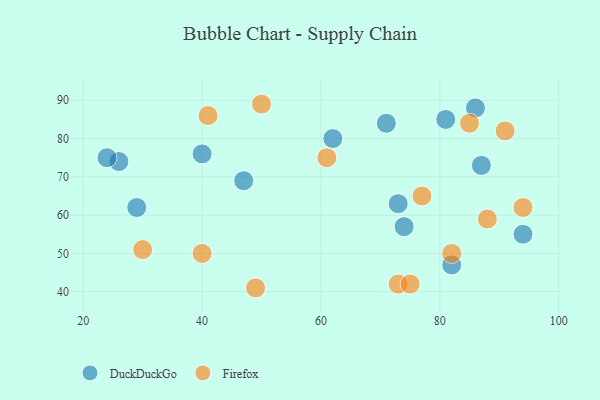
{"axis": {"x": "GDP", "y": "Life Expectancy"}, "legend": ["DuckDuckGo", "Firefox"], "data": [{"x": "87", "y": 73, "type": "DuckDuckGo"}, {"x": "81", "y": 85, "type": "DuckDuckGo"}, {"x": "62", "y": 80, "type": "DuckDuckGo"}, {"x": "73", "y": 63, "type": "DuckDuckGo"}, {"x": "71", "y": 84, "type": "DuckDuckGo"}, {"x": "40", "y": 76, "type": "DuckDuckGo"}, {"x": "47", "y": 69, "type": "DuckDuckGo"}, {"x": "26", "y": 74, "type": "DuckDuckGo"}, {"x": "86", "y": 88, "type": "DuckDuckGo"}, {"x": "24", "y": 75, "type": "DuckDuckGo"}, {"x": "82", "y": 47, "type": "DuckDuckGo"}, {"x": "29", "y": 62, "type": "DuckDuckGo"}, {"x": "94", "y": 55, "type": "DuckDuckGo"}, {"x": "74", "y": 57, "type": "DuckDuckGo"}, {"x": "73", "y": 42, "type": "Firefox"}, {"x": "88", "y": 59, "type": "Firefox"}, {"x": "75", "y": 42, "type": "Firefox"}, {"x": "49", "y": 41, "type": "Firefox"}, {"x": "85", "y": 84, "type": "Firefox"}, {"x": "77", "y": 65, "type": "Firefox"}, {"x": "61", "y": 75, "type": "Firefox"}, {"x": "30", "y": 51, "type": "Firefox"}, {"x": "82", "y": 50, "type": "Firefox"}, {"x": "40", "y": 50, "type": "Firefox"}, {"x": "94", "y": 62, "type": "Firefox"}, {"x": "50", "y": 89, "type": "Firefox"}, {"x": "41", "y": 86, "type": "Firefox"}, {"x": "91", "y": 82, "type": "Firefox"}]}